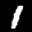
Label: 1